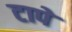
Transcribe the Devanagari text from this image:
टापे